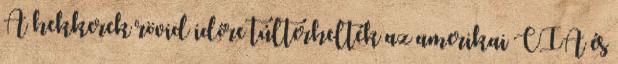
A hekkerek rövid időre túlterhelték az amerikai CIA és